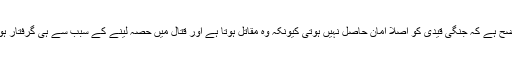
یہ بھی واضح ہے کہ جنگی قیدی کو اصلاً امان حاصل نہیں ہوتی کیونکہ وہ مقاتل ہوتا ہے اور قتال میں حصہ لینے کے سبب سے ہی گرفتار ہوا ہوتا ہے۔